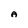
Character: A